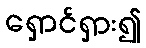
ရှောင်ရှား၍